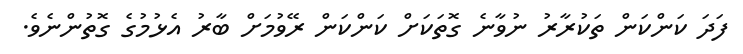
ފަދަ ކަންކަން ތަކުރާރު ނުވާނެ ގޮތަކަށް ކަންކަން ރޭވުމަށް ބާރު އެޅުމުގެ ގޮތުންނެވެ.